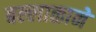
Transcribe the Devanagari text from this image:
बल्लाळाने